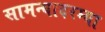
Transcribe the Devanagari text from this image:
सामन्यादरम्या